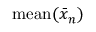
\mathrm { m e a n } ( \bar { x } _ { n } )